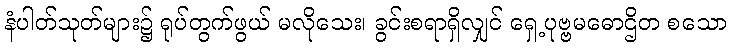
နံပါတ်သုတ်များ၌ ရုပ်တွက်ဖွယ် မလိုသေး၊ ခွင်းစရာရှိလျှင် ရှေ့ပုဗ္ဗမဓောဌိတ စသော